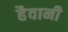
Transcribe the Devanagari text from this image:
हैवानी